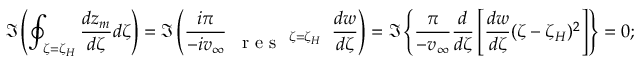
\Im \left( \oint _ { \zeta = \zeta _ { H } } \frac { d z _ { m } } { d \zeta } d \zeta \right) = \Im \left( \frac { i \pi } { - i v _ { \infty } } \begin{array} { c } { ~ ~ ~ } \\ { \mathrm { ~ r ~ e ~ s ~ } \ ^ { \zeta = \zeta _ { H } } } \end{array} \frac { d w } { d \zeta } \right) = \Im \left\{ \frac { \pi } { - v _ { \infty } } \frac { d } { d \zeta } \left[ \frac { d w } { d \zeta } ( \zeta - \zeta _ { H } ) ^ { 2 } \right] \right\} = 0 ;